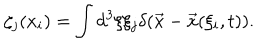
LaTeX: \zeta _ { j } ( x _ { i } ) = \int d ^ { 3 } \xi \xi _ { j } \delta ( \vec { x } - \vec { x } ( \xi _ { i } , t ) ) .